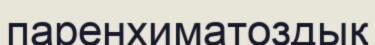
паренхиматоздық